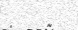
: